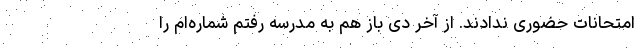
امتحانات حضوری ندادند. از آخر دی باز هم به مدرسه رفتم شماره‌ام را